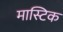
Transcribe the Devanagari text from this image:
मास्टिक